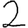
Digit: 2